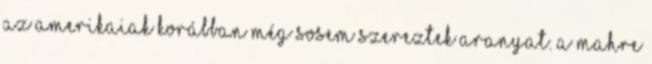
az amerikaiak korábban még sosem szereztek aranyat. A Mahre